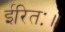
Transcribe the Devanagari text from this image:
ईरितः॥